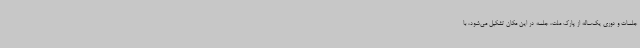
جلسات و دوری یک‌ساله از پارک ملت، جلسه در این مکان تشکیل می‌شود، با